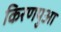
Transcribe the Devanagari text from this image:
किरणपुआ